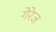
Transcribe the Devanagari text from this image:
गेरेज